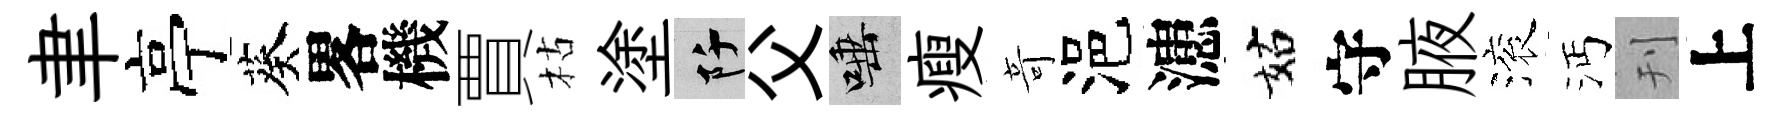
聿亭葵畧機賈枯塗阡父唾瘦竒浥漶姑守腋滚沔刊上